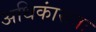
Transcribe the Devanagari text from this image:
अधिकांसतः